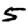
Digit: 5